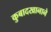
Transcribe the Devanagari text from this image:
कुबादखानाने